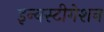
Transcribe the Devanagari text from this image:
इन्वस्टीगेशन